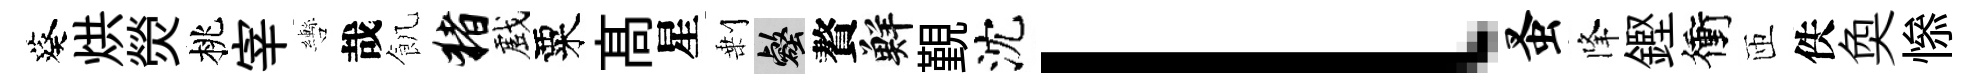
葵烘熒桃宰轡哉飢猪戲粟髙星剰壑贅鮮覲沈l蚤降鏗衝匝佚奐𢡖